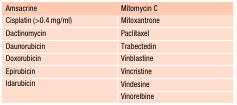
<table><thead><tr><td><b>Amsacrine</b></td><td><b>Mitomycin C</b></td></tr></thead><tbody><tr><td>Cisplatin (&gt;0.4 mg/ml)</td><td>Mitoxantrone</td></tr><tr><td>Dactinomycin</td><td>Paclitaxel</td></tr><tr><td>Daunorubicin</td><td>Trabectedin</td></tr><tr><td>Doxorubicin</td><td>Vinblastine</td></tr><tr><td>Epirubicin</td><td>Vincristine</td></tr><tr><td rowspan="2">Idarubicin</td><td>Vindesine</td></tr><tr><td>Vinorelbine</td></tr></tbody></table>